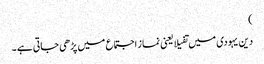
)
دین یہودی میں تفیلا یعنی نماز اجتماع میں پڑھی جاتی ہے ۔